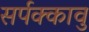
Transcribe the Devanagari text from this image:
सर्पक्कावु